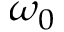
\omega _ { 0 }